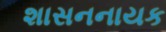
શાસનનાયક